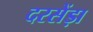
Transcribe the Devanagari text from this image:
दरसेंड़ा